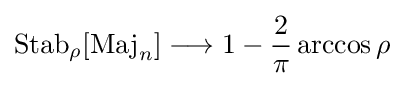
\operatorname {Stab} _{\rho }[\operatorname {Maj} _{n}]\longrightarrow 1-{\frac {2}{\pi }}\arccos \rho